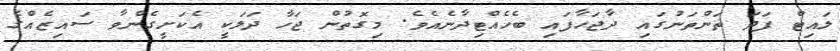
ލައިޓް ފަދަ ތަންތަނުގައި ދާޖަހާފައި ބެހެއްޓިދާނެއެވެ. މިގޮތުން ޖަހާ ދަލަކީ އެކަށީގެންވާ ސައިޒެއްގެ